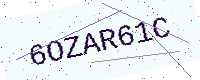
Text: 6OZAR61C